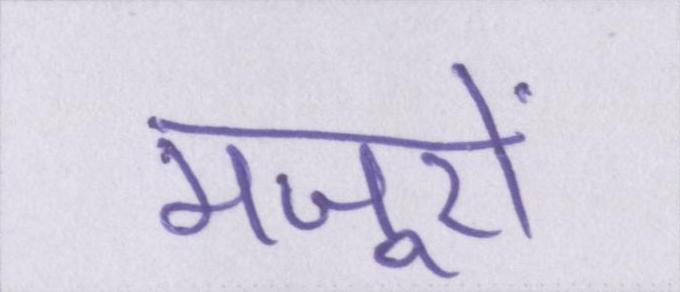
मजूरों